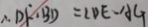
\therefore D F \cdot B D = C D E \cdot A G